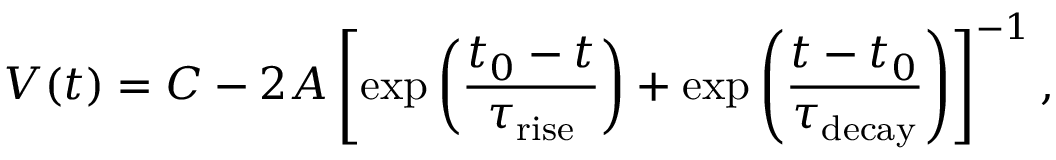
V ( t ) = C - 2 A \left[ \exp \left( \frac { t _ { 0 } - t } { \tau _ { \mathrm { r i s e } } } \right) + \exp \left( \frac { t - t _ { 0 } } { \tau _ { \mathrm { d e c a y } } } \right) \right] ^ { - 1 } ,